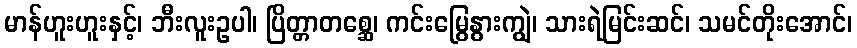
မာန်ဟူးဟူးနှင့်၊ ဘီးလူးဥပါ၊ ပြိတ္တာတစ္ဆေ၊ ကင်းမြွေနွားကျွဲ၊ သားရဲမြင်းဆင်၊ သမင်တိုးအောင်၊